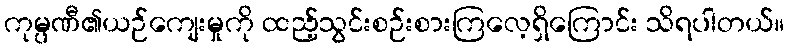
ကုမ္ပဏီ၏ယဉ်ကျေးမှုကို ထည့်သွင်းစဉ်းစားကြလေ့ရှိကြောင်း သိရပါတယ်။